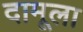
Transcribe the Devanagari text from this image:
दामूला